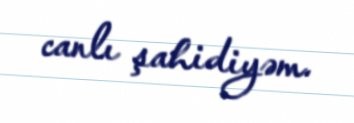
canlı şahidiyəm.